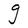
Character: g